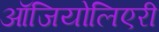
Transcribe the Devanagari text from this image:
ऑजियोलिएरी